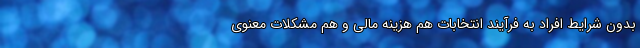
بدون شرایط افراد به فرآیند انتخابات هم هزینه مالی و هم مشکلات معنوی